Vaccination in Burma 1912-1922 - 1912-1922
Year: 1912
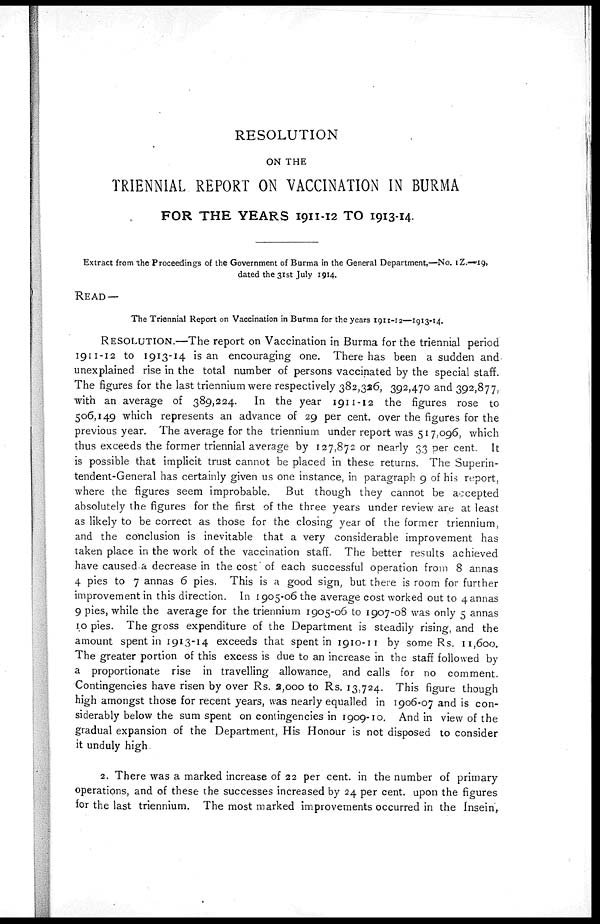
RESOLUTION
ON THE
TRIENNIAL REPORT ON VACCINATION IN BURMA
FOR THE YEARS 1911-12 TO 1913-14.
Extract from the Proceedings of the Government of Burma in the General Department,—No. 1Z.—19,
dated the 31st July 1914.
READ —
The Triennial Report on Vaccination in Burma for the years 1911-12—1913-14.
RESOLUTION.—The report on Vaccination in Burma for the triennial period
1911-12 to 1913-14 is an encouraging one. There has been a sudden and
unexplained rise in the total number of persons vaccinated by the special staff.
The figures for the last triennium were respectively 382,326, 392,470 and 392,877,
with an average of 389,224. In the year 1911-12 the figures rose to
506,149 which represents an advance of 29 per cent. over the figures for the
previous year. The average for the triennium under report was 517,096, which
thus exceeds the former triennial average by 127,872 or nearly 33 per cent. It
is possible that implicit trust cannot be placed in these returns. The Superin-
tendent-General has certainly given us one instance, in paragraph 9 of his report,
where the figures seem improbable. But though they cannot be accepted
absolutely the figures for the first of the three years under review are at least
as likely to be correct as those for the closing year of the former triennium,
and the conclusion is inevitable that a very considerable improvement has
taken place in the work of the vaccination staff. The better results achieved
have caused a decrease in the cost of each successful operation from 8 annas
4 pies to 7 annas 6 pies. This is a good sign, but there is room for further
improvement in this direction. In 1905-06 the average cost worked out to 4 annas
9 pies, while the average for the triennium 1905-06 to 1907-08 was only 5 annas
10 pies. The gross expenditure of the Department is steadily rising, and the
amount spent in 1913-14 exceeds that spent in 1910-11 by some Rs. 11,600.
The greater portion of this excess is due to an increase in the staff followed by
a proportionate rise in travelling allowance, and calls for no comment.
Contingencies have risen by over Rs. 2,000 to Rs. 13,724. This figure though
high amongst those for recent years, was nearly equalled in 1906-07 and is con-
siderably below the sum spent on contingencies in 1909-10. And in view of the
gradual expansion of the Department, His Honour is not disposed to consider
it unduly high.
2. There was a marked increase of 22 per cent. in the number of primary
operations, and of these the successes increased by 24 per cent. upon the figures
for the last triennium. The most marked improvements occurred in the Insein,